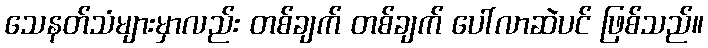
သေနတ်သံများမှာလည်း တစ်ချက် တစ်ချက် ပေါ်လာဆဲပင် ဖြစ်သည်။